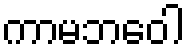
ကာမဘဝေါ